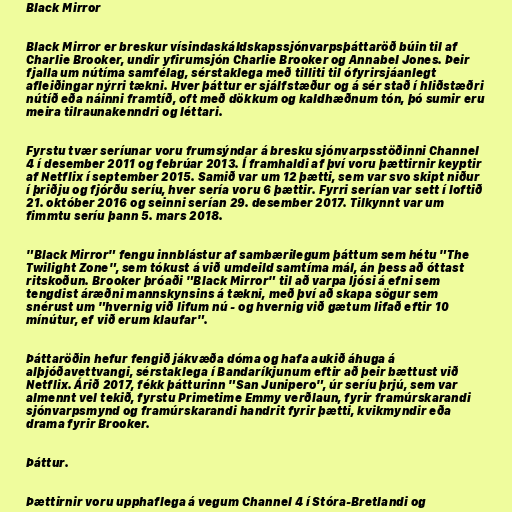
Black Mirror

Black Mirror er breskur vísindaskáldskapssjónvarpsþáttaröð búin til af
Charlie Brooker, undir yfirumsjón Charlie Brooker og Annabel Jones. Þeir
fjalla um nútíma samfélag, sérstaklega með tilliti til ófyrirsjáanlegt
afleiðingar nýrri tækni. Hver þáttur er sjálfstæður og á sér stað í hliðstæðri
nútíð eða náinni framtíð, oft með dökkum og kaldhæðnum tón, þó sumir eru
meira tilraunakenndri og léttari.

Fyrstu tvær seríunar voru frumsýndar á bresku sjónvarpsstöðinni Channel
4 í desember 2011 og febrúar 2013. Í framhaldi af því voru þættirnir keyptir
af Netflix í september 2015. Samið var um 12 þætti, sem var svo skipt niður
í þriðju og fjórðu seríu, hver sería voru 6 þættir. Fyrri serían var sett í loftið
21. október 2016 og seinni serían 29. desember 2017. Tilkynnt var um
fimmtu seríu þann 5. mars 2018.

"Black Mirror" fengu innblástur af sambærilegum þáttum sem hétu "The
Twilight Zone", sem tókust á við umdeild samtíma mál, án þess að óttast
ritskoðun. Brooker þróaði "Black Mirror" til að varpa ljósi á efni sem
tengdist áræðni mannskynsins á tækni, með því að skapa sögur sem
snérust um "hvernig við lifum nú - og hvernig við gætum lifað eftir 10
mínútur, ef við erum klaufar".

Þáttaröðin hefur fengið jákvæða dóma og hafa aukið áhuga á
alþjóðavettvangi, sérstaklega í Bandaríkjunum eftir að þeir bættust við
Netflix. Árið 2017, fékk þátturinn "San Junipero", úr seríu þrjú, sem var
almennt vel tekið, fyrstu Primetime Emmy verðlaun, fyrir framúrskarandi
sjónvarpsmynd og framúrskarandi handrit fyrir þætti, kvikmyndir eða
drama fyrir Brooker.

Þáttur.

Þættirnir voru upphaflega á vegum Channel 4 í Stóra-Bretlandi og